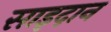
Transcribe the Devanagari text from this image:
साइदान